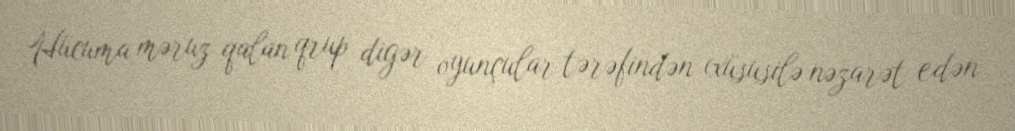
Hücuma məruz qalan qrup digər oyunçular tərəfindən (xüsusilə nəzarət edən